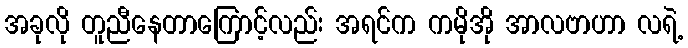
အခုလို တူညီနေတာကြောင့်လည်း အရင်က ကမိုအို အာလဗာဟာ လရဲ့